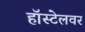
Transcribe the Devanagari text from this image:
हॉस्टेलवर